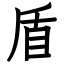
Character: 盾